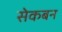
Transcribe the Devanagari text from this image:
सेकबन